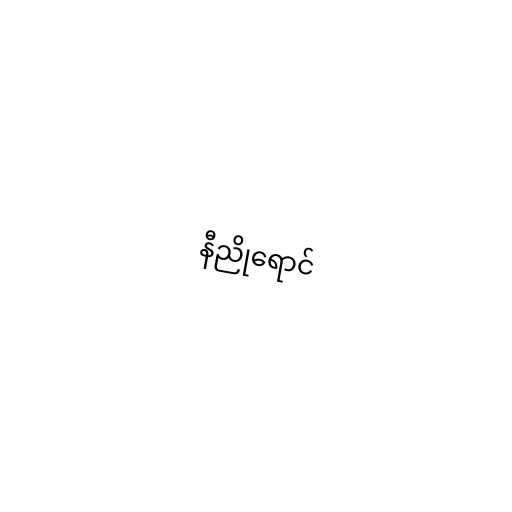
နီညိုရောင်